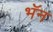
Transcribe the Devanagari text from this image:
भॅन